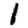
Digit: 1